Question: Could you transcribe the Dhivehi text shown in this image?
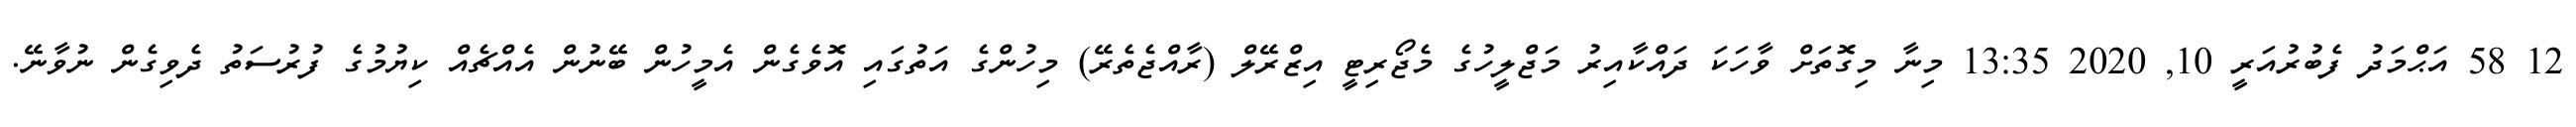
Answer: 12 58 އަޙްމަދު ފެބުރުއަރީ 10, 2020 13:35 މިނާ މިގޮތަށް ވާހަކަ ދައްކާއިރު މަޖްލީހުގެ މެޖޯރިޓީ އިޒްރޭލް (ރާއްޖެތެރޭ) މިހުންގެ އަތުގައި އޮވެގެން އެމީހުން ބޭނުން އެއްޗެއް ކިޔުމުގެ ފުރުސަތު ދެވިގެން ނުވާނޭ.